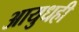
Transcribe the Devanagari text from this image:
आयुधही